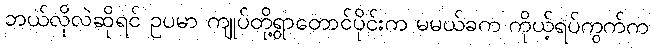
ဘယ်လိုလဲဆိုရင် ဥပမာ ကျုပ်တို့ရွာတောင်ပိုင်းက မမယ်ခက ကိုယ့်ရပ်ကွက်က